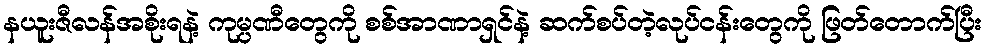
နယူးဇီလန်အစိုးရနဲ့ ကုမ္ပဏီတွေကို စစ်အာဏာရှင်နဲ့ ဆက်စပ်တဲ့လုပ်ငန်းတွေကို ဖြတ်တောက်ပြီး